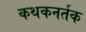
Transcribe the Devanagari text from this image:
कथकनर्तक